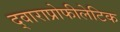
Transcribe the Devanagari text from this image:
द्वाराप्रोफीलेटिक